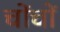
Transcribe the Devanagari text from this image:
चोंचों